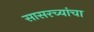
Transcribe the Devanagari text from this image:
सासरच्यांचा